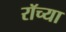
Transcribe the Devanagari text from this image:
रॉच्या